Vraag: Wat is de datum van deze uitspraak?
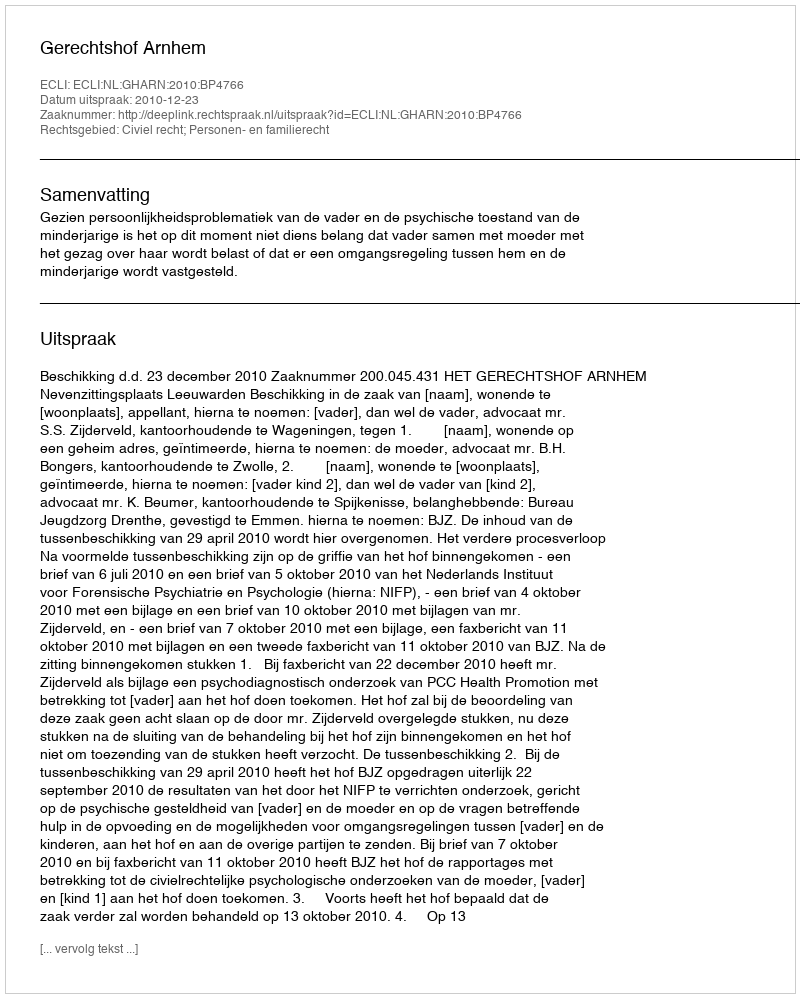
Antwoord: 2010-12-23